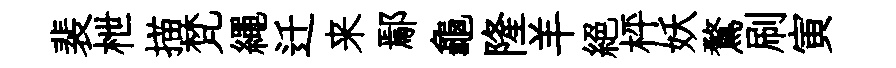
裴枻描梵繩迁来鄢龜隆羊絶枰妖鶩刷寅